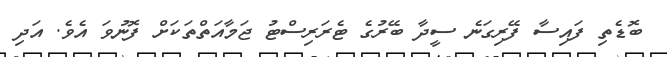
ބޮޑެތި ފައިސާ ފޭރިގަނެ ސީދާ ބޭރުގެ ޓެރަރިސްޓު ޖަމާއަތްތަކަށް ފޮނުވަ އެވެ. އަދި